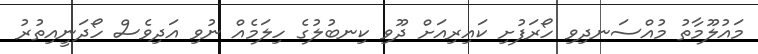
މައުލޫމާތު މުއްސަނދިވި ހޯރަފުށި ކައިރިއަށް ދޫވި ކިނބުލުގެ ހިލަމެއް ނުވި އަދިވެސް ހޯދަނީއިތުރު